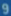
9